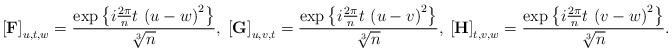
LaTeX: \begin{align*}\left[\mathbf{F}\right]_{u,t,w}=\frac{\exp\left\{ i\frac{2\pi}{n}t\,\left(u-w\right)^{2}\right\} }{\sqrt[3]{n}},\;\left[\mathbf{G}\right]_{u,v,t}=\frac{\exp\left\{ i\frac{2\pi}{n}t\,\left(u-v\right)^{2}\right\} }{\sqrt[3]{n}},\:\left[\mathbf{H}\right]_{t,v,w}=\frac{\exp\left\{ i\frac{2\pi}{n}t\,\left(v-w\right)^{2}\right\} }{\sqrt[3]{n}}.\end{align*}